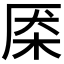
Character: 𰗜